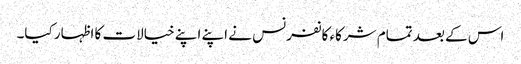
اس کے بعد تمام شرکاء کانفرنس نے اپنے اپنے خیالات کا اظہار کیا۔